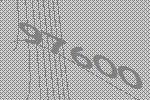
97600